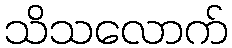
သိသလောက်